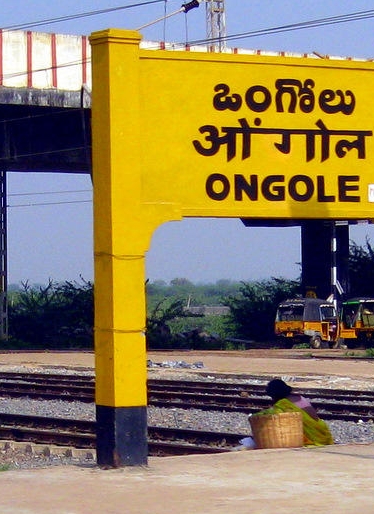
Language: telugu
Transcription: ఒంగోలు